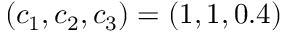
( c _ { 1 } , c _ { 2 } , c _ { 3 } ) = \left( 1 , 1 , 0 . 4 \right)